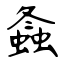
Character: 螽